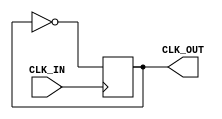
module InvertingClockBuffer (
    input wire CLK_IN,      // Input clock signal
    output reg CLK_OUT      // Output clock signal (inverted)
);

// Always block triggered on the rising edge of CLK_IN
always @(posedge CLK_IN) begin
    // Invert the clock output
    CLK_OUT <= ~CLK_OUT;
end

// Initial block to set the initial state of CLK_OUT
initial begin
    CLK_OUT = 1'b0; // Initialize CLK_OUT to a known state (could also be 1'b1)
end

endmodule